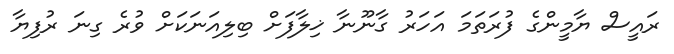
ރައީސް ޔާމީންގެ ފުރަތަމަ އަހަރު ގާނޫނާ ޚިލާފަށް ބިލިއަނަކަށް ވުރެ ގިނަ ރުފިޔާ